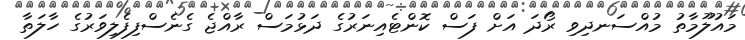
މައުލޫމާތު މުއްސަނދިވި ރޯދަ އަށް ފަސް ކޮންޓެއިނަރުގެ ދަޅުމަސް ރާއްޖެ ގެނެސްފިފެލިވަރުގެ ހާލަތާ